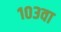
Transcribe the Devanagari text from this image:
१०३वा